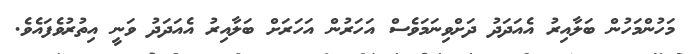
މަހުންމަހުން ބަލާއިރު އެއަދަދު ދަށްވިނަމަވެސް އަހަރުން އަހަރަށް ބަލާއިރު އެއަދަދު ވަނީ އިތުރުވެފައެވެ.